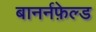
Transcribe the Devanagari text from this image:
बानर्नफ़ेल्ड